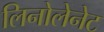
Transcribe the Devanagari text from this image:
लिनोलेनेट